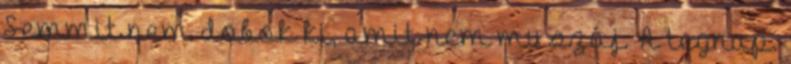
Semmit nem dobok ki, amit nem muszáj. A tegnap.